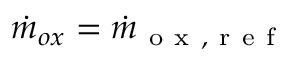
\Dot { m } _ { o x } = \Dot { m } _ { \mathrm { ~ o ~ x ~ , ~ r ~ e ~ f ~ } }